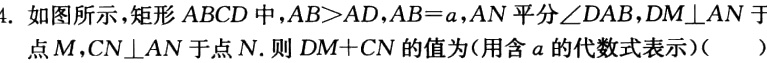
4. 如图所示，矩形 \(ABCD\) 中，\(AB > AD\)，\(AB = a\)，\(AN\) 平分 \(\angle DAB\)，\(DM\perp AN\) 于点 \(M\)，\(CN\perp AN\) 于点 \(N\)。则 \(DM + CN\) 的值为(用含 \(a\) 的代数式表示）（  ）